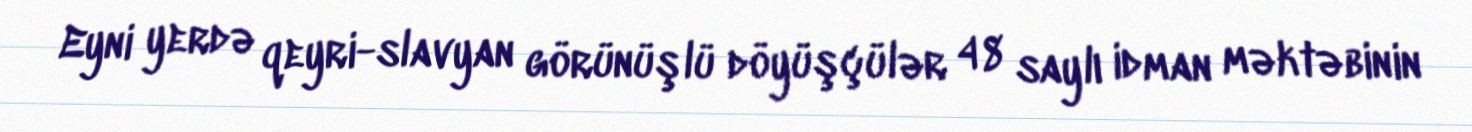
Eyni yerdə qeyri-slavyan görünüşlü döyüşçülər 48 saylı idman məktəbinin